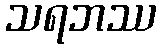
သရဘဿ